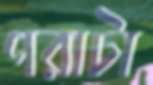
পরাটা